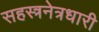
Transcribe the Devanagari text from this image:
सहस्त्रनेत्रधारी